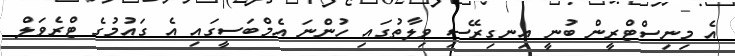
އެ މިނިސްޓްރީން ބުނީ އިނގިރޭސި ވިލާތުގައި ހުންނަ އެމްބަސީގައި އެ ގައުމުގެ ޓްރެވަލް